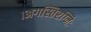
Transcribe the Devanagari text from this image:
।अगस्तिरग्निः